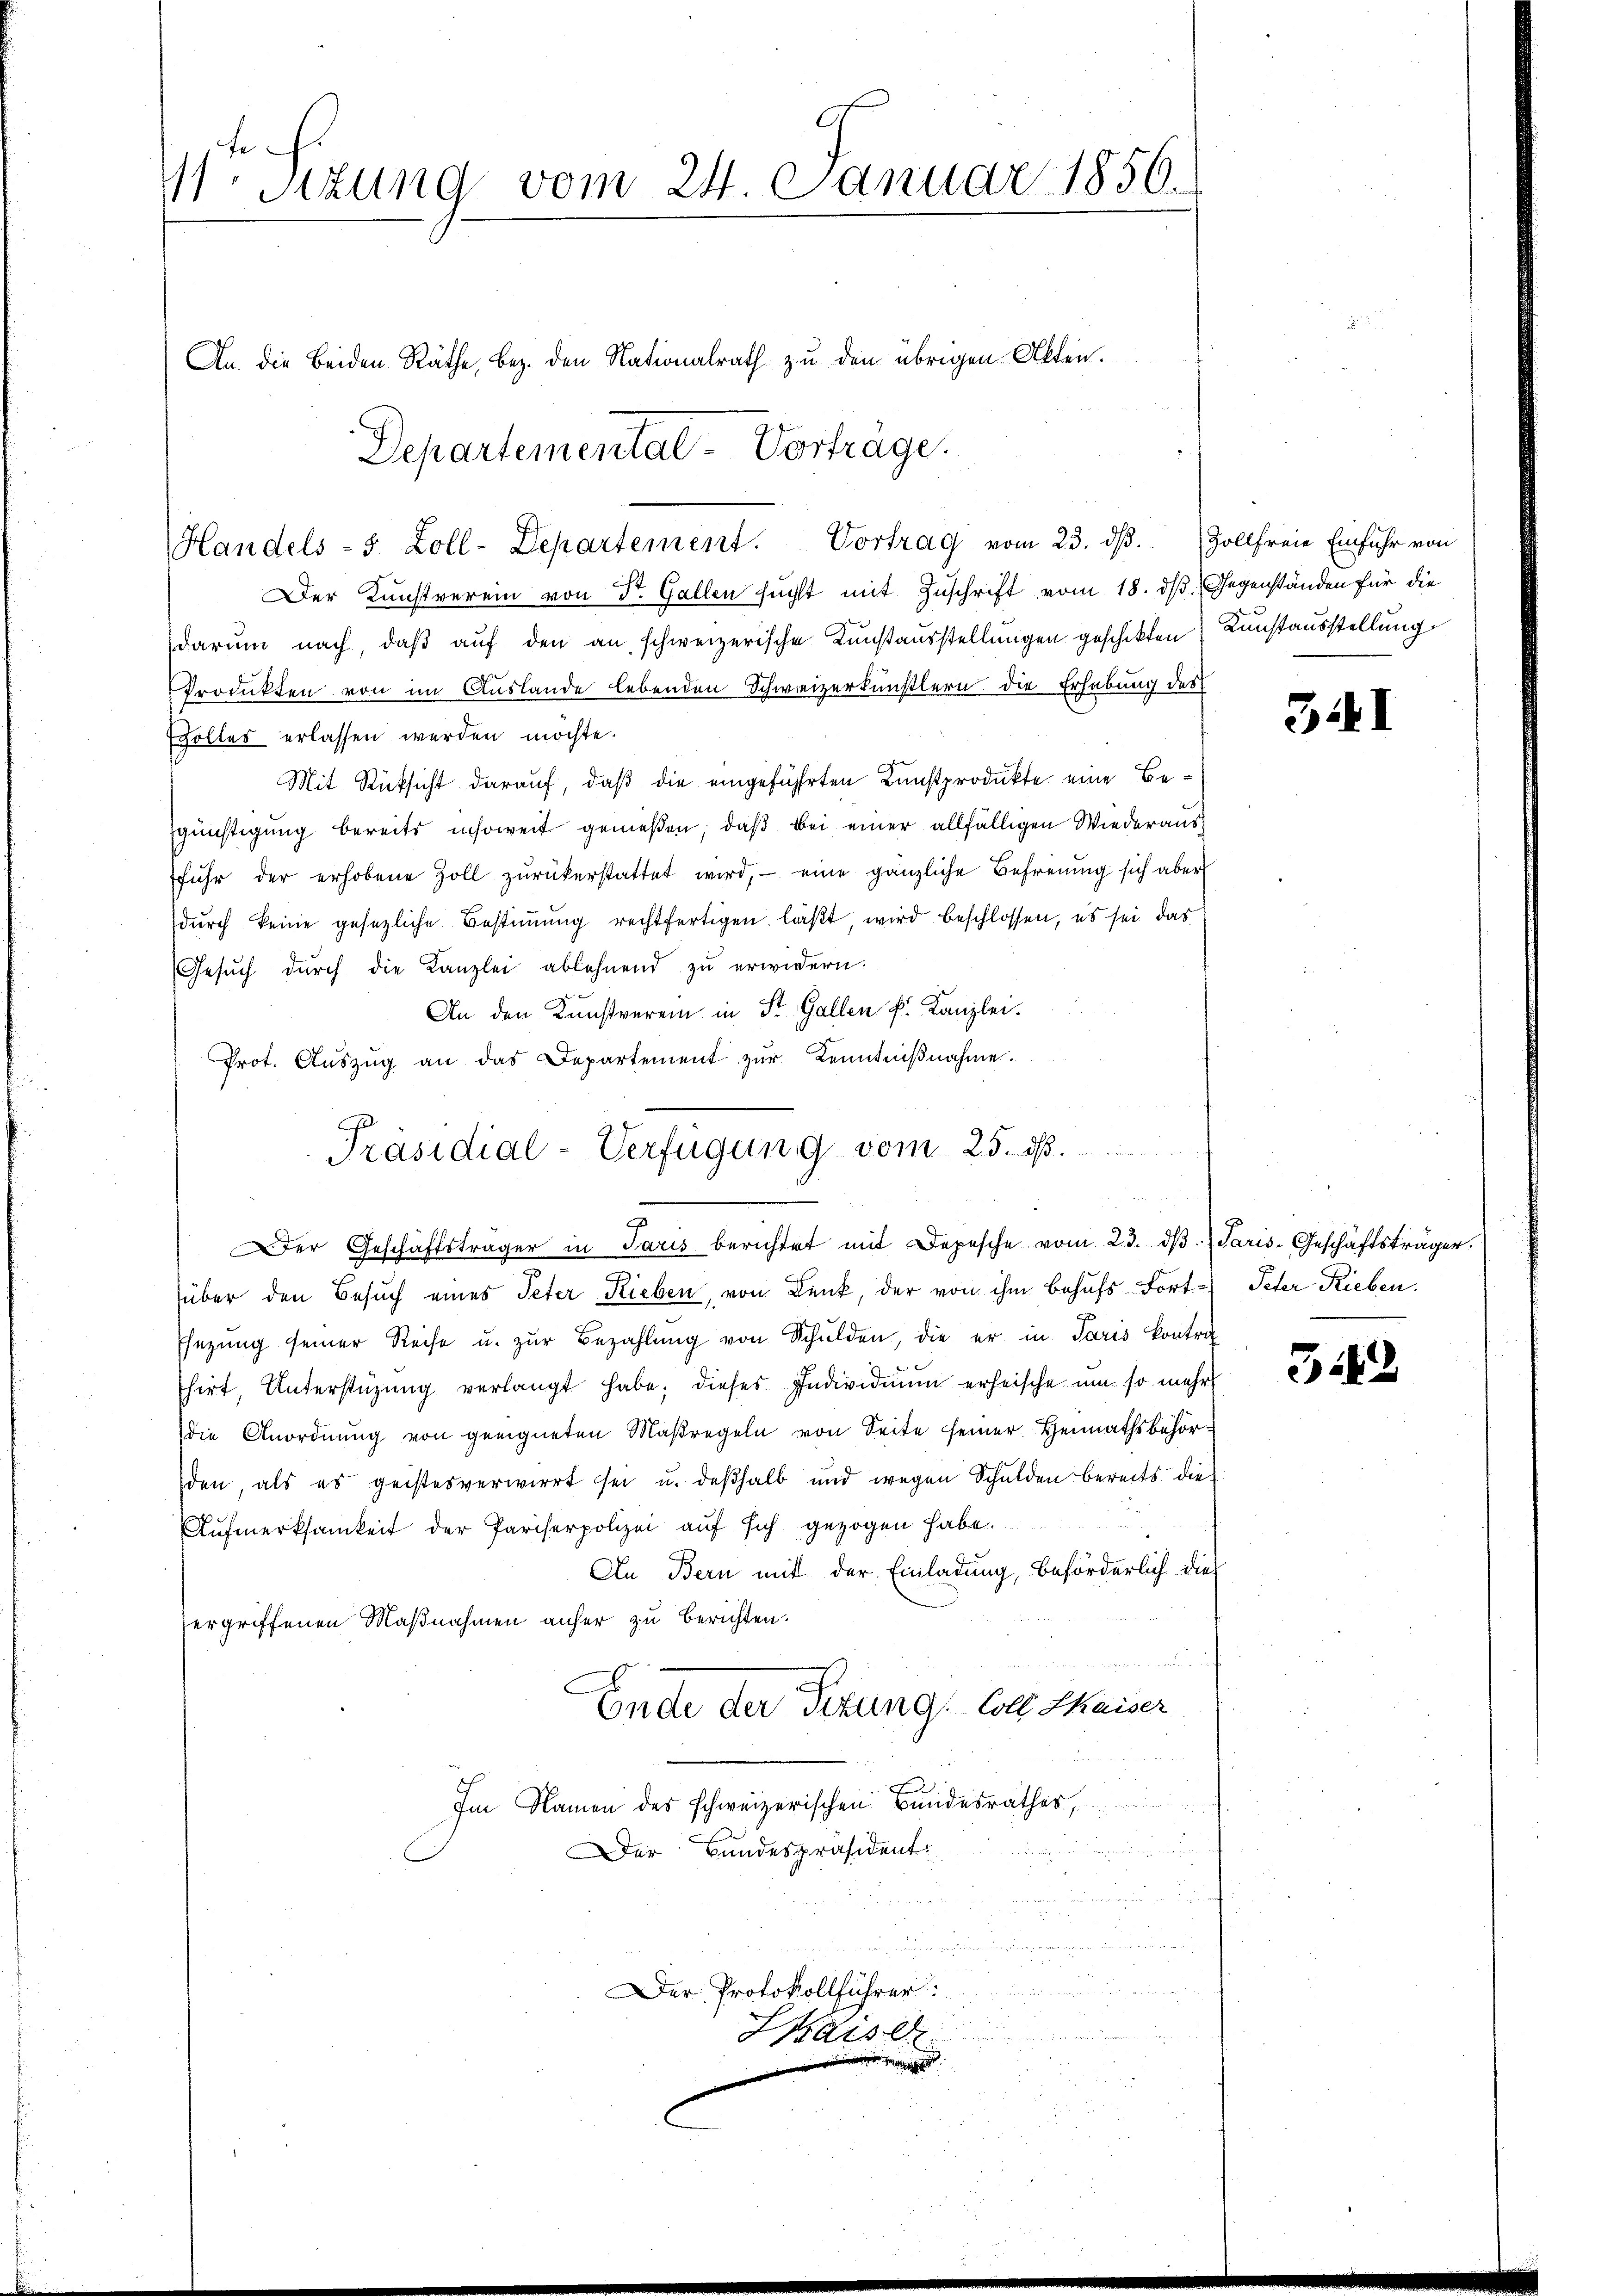
Sizung vom 24. Januar 1856.
An die beiden Räthe, bez. den Nationalrath zu den übrigen Akten.

Der Kunstverein von Dr. Gallen sucht mit Zuschrift vom 18. ds. Gegenständen für die
darum nach, daß auf den an schweizerische Kunstausstellungen geschikten
Produkten von im Auslande lebenden Schweizerkünstlern die Erhebung des
Holtes erlassen werden möchte.
Mit Rücksicht darauf, daß die eingeführten Kunstprodukte eine Begünstigung bereits insoweit gemeßen, daß bei einer allfälligen Wiederausfŭhr der erhobene Zoll zŭrückerstattet wird, eine gänzliche Befreiung sich aber
dŭrch keine gesetzliche Bestimmung rechtfertigen läßt, wird beschlossen, es sei das
Gesŭch dŭrch die Kanzlei ablehnend zu erwidern.
An den Kunstverein in St. Gallen k. Kanzlei.
Prot. Aŭszŭg an das Departement zŭr Kenntniβnahme.
über den Besŭch eines Peter Rieben, von Lenk, der von ihm behufs Fort- Peter Rieben.
Ehezŭng seiner Reise u. zŭr Bezahlŭng von Schŭlden, die er in Paris kontra
hirt, Unterstützŭng verlangt habe; dieses Individiŭm erheische um so mehr
die Anordnŭng von geeigneten Maßregeln von Seite seiner Heimathsbehörden, als es geistesverwirrt sei u. deβhalb und wegen Schulden bereits die
Aufmerksamkeit der Pariserpolizei auf sich gezogen habe.
An Bern mit der Einladung beförderlich dies
ergriffenen Maßnahmen anher zu berichten.
Ende der Sizung des Kaiser
Im Namen des schweizerischen Bundesrathes,
e wegen
Der Bundespräsident

5
Der Protokollführer
u

Departemental-Vorträge.
Handels- 5 Zoll-Departement. Vortrag vom 23. dβ. Zollfreie Einfuhr von

Präsidial-Verfügung vom 25. ds.
Der Geschäftsträger in Paris berichtet mit Depesche vom 23. dβ. Paris-Geschäftsträger.

Kunstausstellung

3I

34